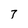
Character: 7